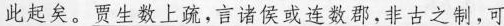
此起矣。\underline{贾生数上疏，言诸侯或连数郡，非古之制，可}